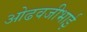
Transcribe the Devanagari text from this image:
ओढवजीभाई